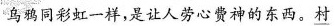
乌鸦桶彩虹一样，是让人劳心费神的东西。\underline{村}